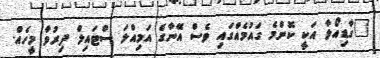
"ގާޑިއޯލާ އަކީ ކޮންމެ ގައުމެއްގައި ވެސް އޭނާގެ އަމިއްލަ ސްޓައިލް ދިރުވާ މީހެއް.